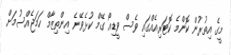
މީގެ އިތުރުން ކޮންމެ ކޮޓަރިއެއްގައި ވެސް ވީޑިއޯ ގޭމް ކުޅެވޭނެ އިންތިޒާމް ހަމަޖެއްސުމަށް